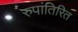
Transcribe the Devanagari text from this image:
रुपांतिरित